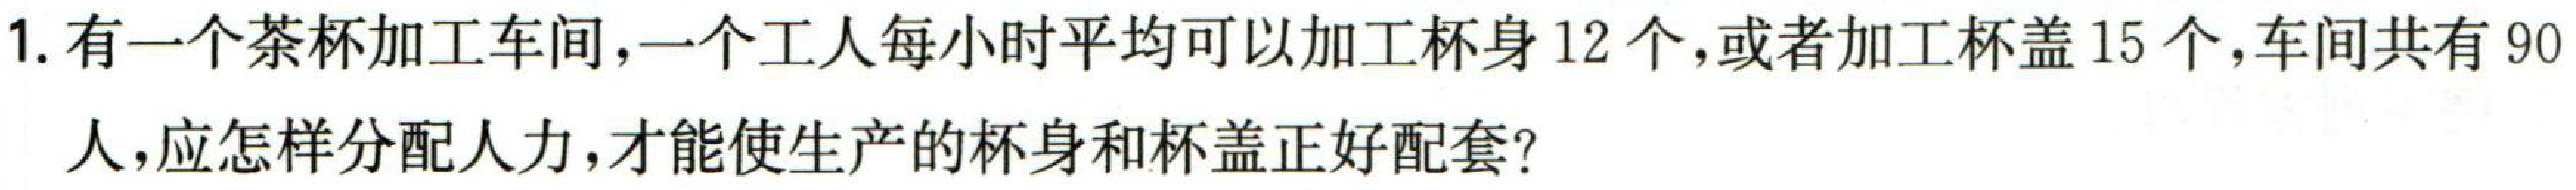
1. 有一个茶杯加工车间，一个工人每小时平均可以加工杯身\(12\)个，或者加工杯盖\(15\)个，车间共有\(90\)人，应怎样分配人力，才能使生产的杯身和杯盖正好配套？